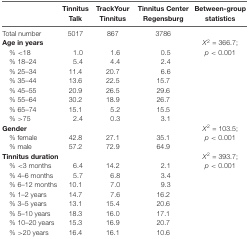
|  | Tinnitus Talk | TrackYourTinnitus | Tinnitus Center Regensburg | Between-group statistics |
 | --- | --- | --- | --- | --- |
 | Total number | 5017 | 867 | 3786 |  |
 | Age in years |  |  |  | X2 = 366.7; |
 | % <18 | 1.0 | 1.6 | 0.5 | p < 0.001 |
 | % 18–24 | 5.4 | 4.4 | 2.4 |  |
 | % 25–34 | 11.4 | 20.7 | 6.6 |  |
 | % 35–44 | 13.6 | 22.5 | 15.7 |  |
 | % 45–55 | 20.9 | 26.5 | 29.6 |  |
 | % 55–64 | 30.2 | 18.9 | 26.7 |  |
 | % 65–74 | 15.1 | 5.2 | 15.5 |  |
 | % >75 | 2.4 | 0.3 | 3.1 |  |
 | Gender |  |  |  | X2 = 103.5; |
 | % female | 42.8 | 27.1 | 35.1 | p < 0.001 |
 | % male | 57.2 | 72.9 | 64.9 |  |
 | Tinnitus duration |  |  |  | X2 = 393.7; |
 | % <3 months | 6.4 | 14.2 | 2.1 | p < 0.001 |
 | % 4–6 months | 5.7 | 6.8 | 3.4 |  |
 | % 6–12 months | 10.1 | 7.0 | 9.3 |  |
 | % 1–2 years | 14.7 | 7.6 | 16.2 |  |
 | % 3–5 years | 13.1 | 15.4 | 20.6 |  |
 | % 5–10 years | 18.3 | 16.0 | 17.1 |  |
 | % 10–20 years | 15.3 | 16.9 | 20.7 |  |
 | % >20 years | 16.4 | 16.1 | 10.6 |  |